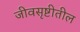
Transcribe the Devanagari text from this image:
जीवसृष्टीतील